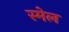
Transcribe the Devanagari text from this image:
स्मेल